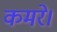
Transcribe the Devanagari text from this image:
कमरे।